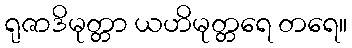
ရုဇာဒိမုတ္တာ ယဟိမုတ္တရေ တရေ။